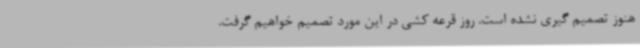
هنوز تصمیم گیری نشده است. روز قرعه کشی در این مورد تصمیم خواهیم گرفت.